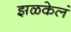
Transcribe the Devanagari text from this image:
झळकेलं